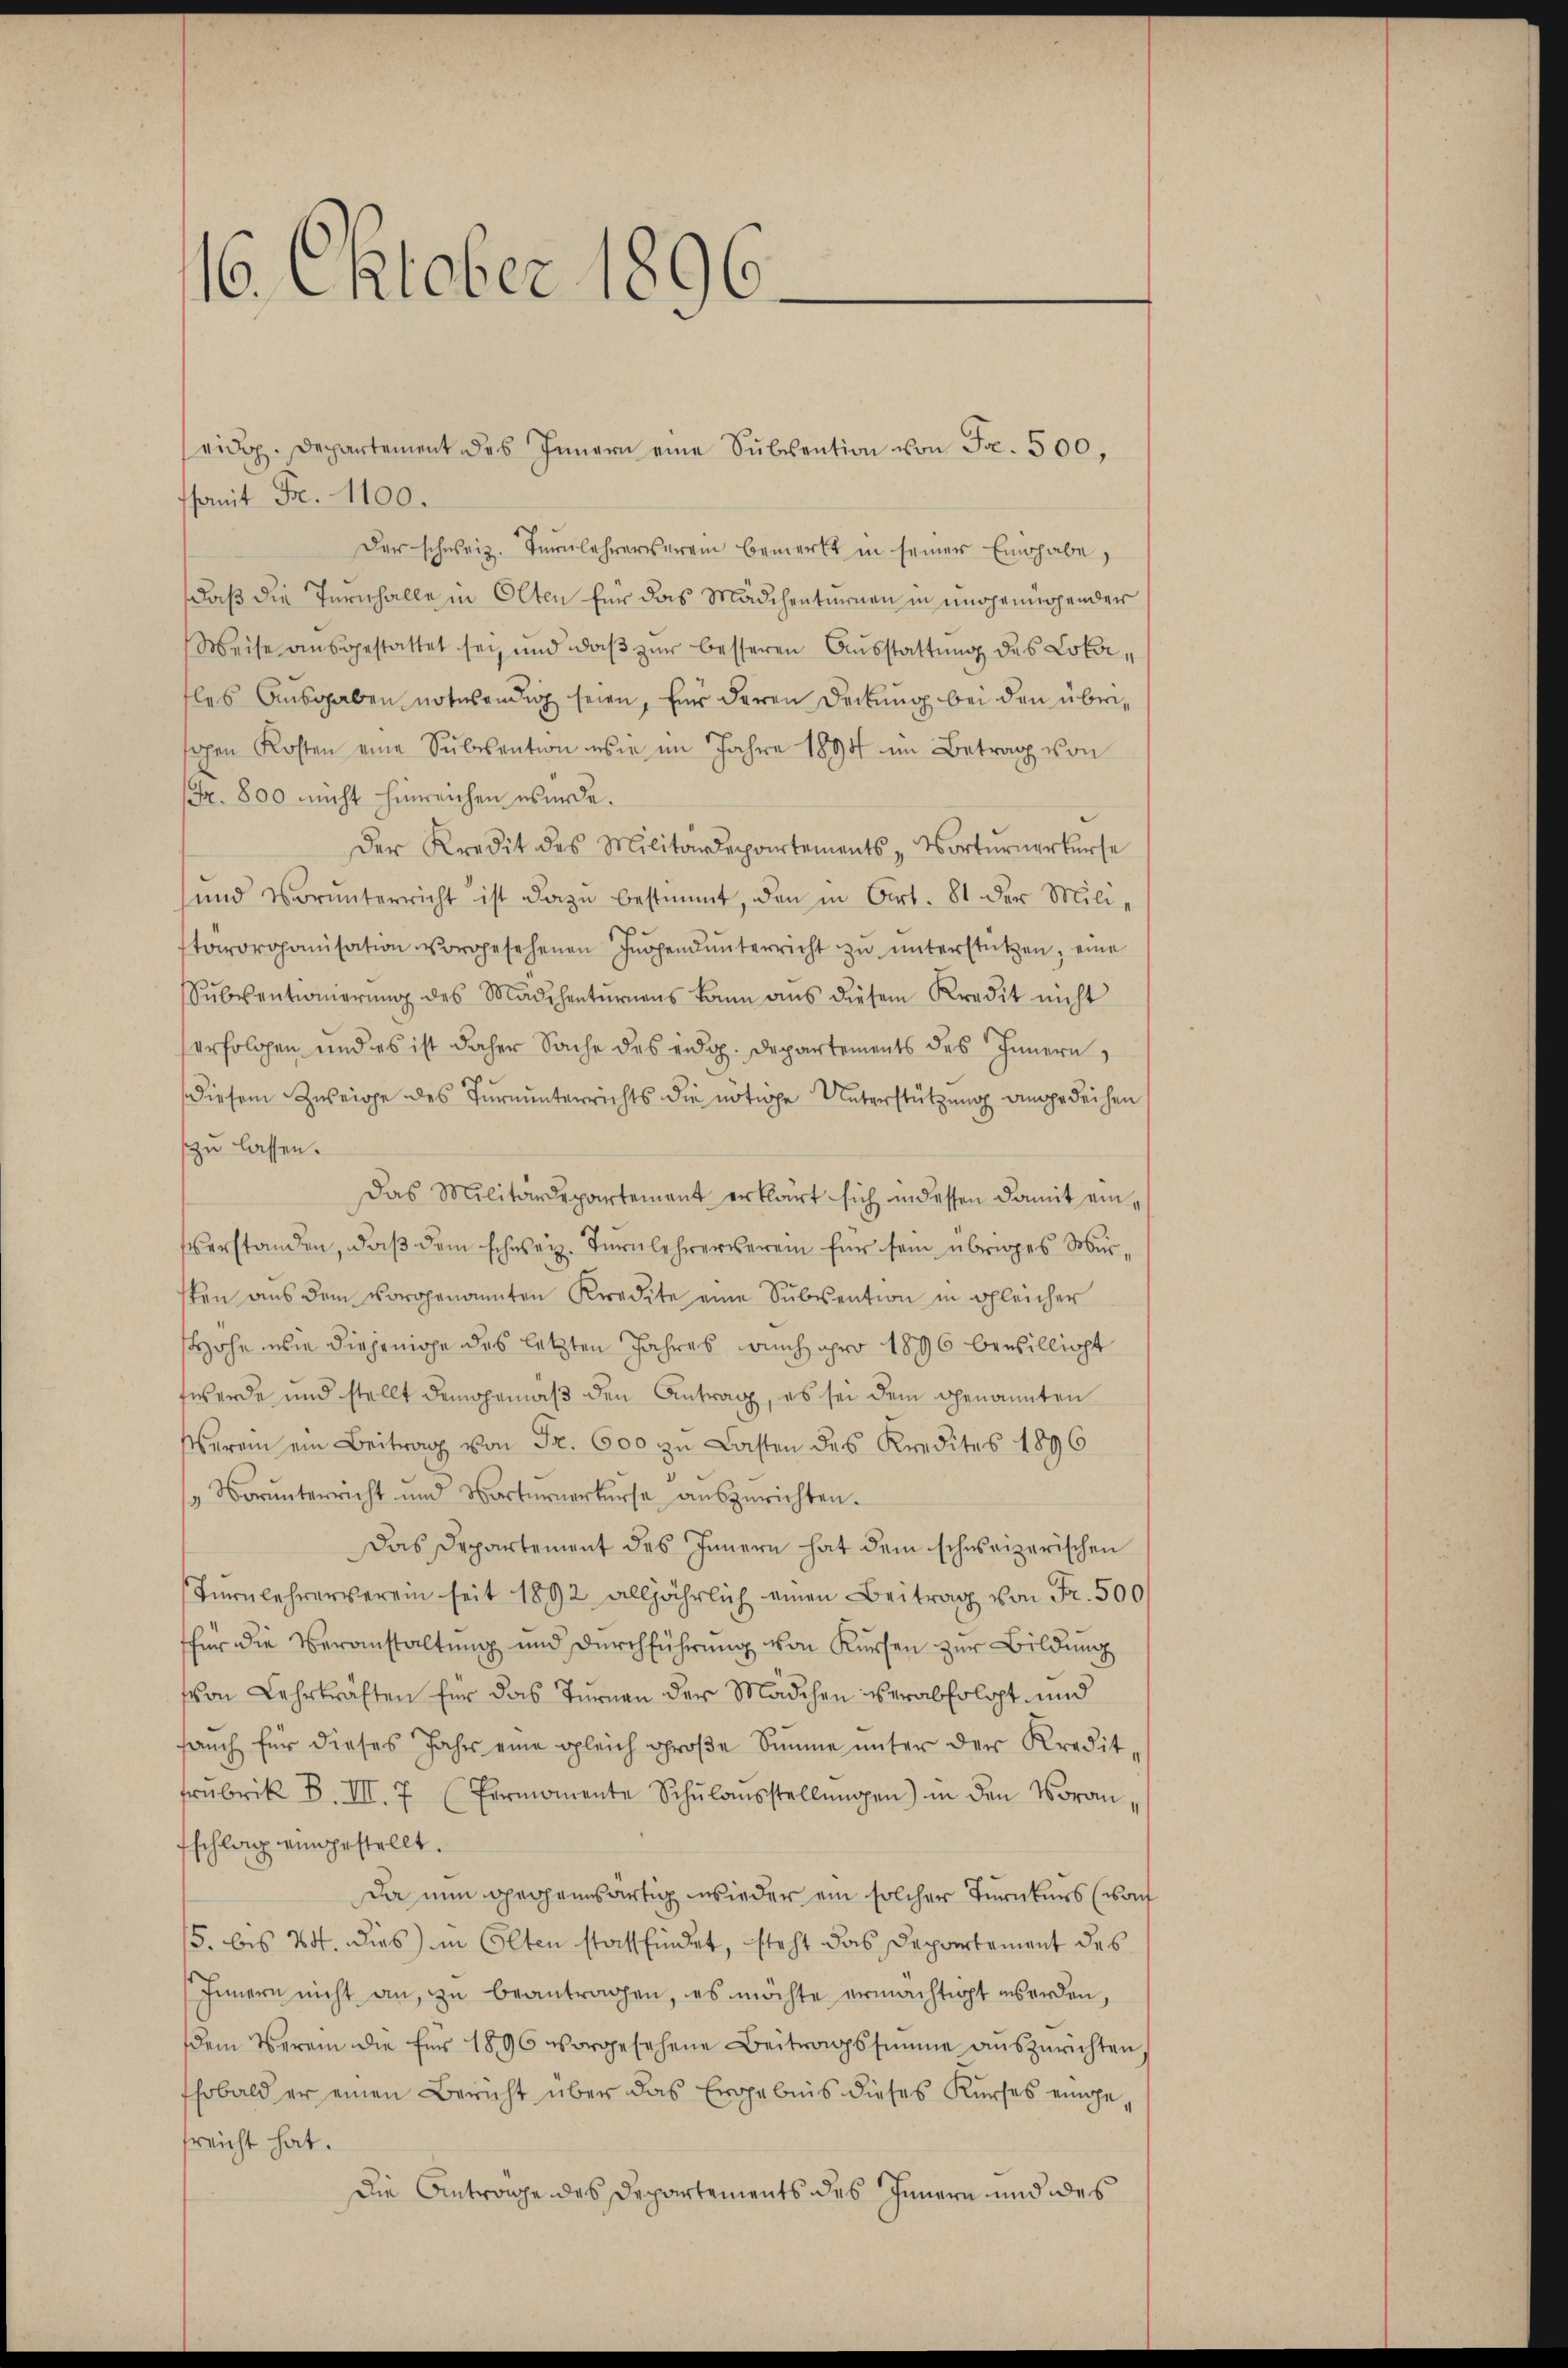
16. Oktober 1896

somit Fr. 1100.
Der schweiz. Turnlehrerverein bemerkt in seiner Einhabe,
daß die Ternhalle in Olten für das Mädchenturnen in ungenügender
Weise ausgestattet sei und daß zur besseren Ausstattung des Lokales Ausgaben notwendig seien, für deren Deckung bei den übrisahen Kosten eine Sŭbsention eser im Jahre 1894 im Betrag von
Fr. 800 nicht hinreichen wurde.
Der Kredit des Militärdepartements-Vortŭrnerkerse
und Vorŭnterricht ist dazŭ bestimmt, den in Art. 81 der Mili-
tarorganisation vorgesehenen Ingendŭnterricht zŭ ŭnterstützen, eine
Sŭbventionierŭng des Mädchentŭrens kann aus diesem Kredit nicht
erfolgen und es ist daher Sache des eidg. Departements des Innern,
diesem Zweige des Turnunterrichts die nötige Unterstützung angedeihen
zu lassen.
Das Militärdepartement erklärt sich in dessen damit einverstanden, daß dem schweiz. Turnlehrerverein für sein übriges Mursten aus dem vorgenannten Kredite eine Subvention in gleicher
Hohe wie diejenige des letzten Jahres auch pro 1896 bewilligt
twerde und stellt demgemäß den Antrag, es sei dem genannten
Verein ein Beitrag von Fr. 600 zu Lasten des Kredites 1896
"Vorŭnterricht und Vorternerkerse aŭszurichten.
Das Departement des Innern hat dem schweizerischen
Turnlehrerverein seit 1892 alljährlich einen Beitrag von Fr. 500
für die Veranstaltung und Durchführung von Kursen zur Bildung
von Lehrkräften für das Turnen der Mädchen verabfolgt und
saŭch für dieses Jahr eine gleich groβe Simme ŭnter der Kredit-
frubrik B. III. 7 (Fermomente Schŭlaŭsstellŭngen) in den Voran-
Eschlag eingestellt.
Da nun opechanswärtig wieder ein solcher Turnkurs (wof
/5. bis 14. dies in Olten stattfindet, steht das Departement des
Innern nicht an, zu beantragen, es möchte ermächtigt werden,
dem Verein die für 1896 vorgesehene Beitragssumme aŭszŭrichten.
sobald er einen Bericht über das Ergebnis dieses Kŭrses einge-
sreicht hat.
Die Anträge des Departements des Innern und des

eidg. Departement des Innern eine Subvention von Fr. 500,